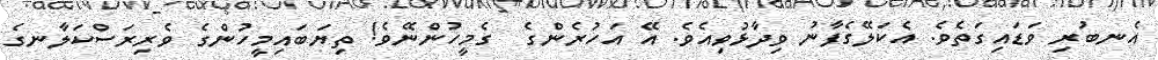
އެނބުރި ވަޑައިގަތެވެ. އެކަލޭގެފާނު ވިދާޅުވިއެވެ. އޭ އަހުރެންގެ  ގެމީހުންނޭވެ! ތިޔަބައިމީހުންގެ ވެރިރަސްކަލާނގެ